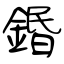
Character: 鍲